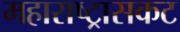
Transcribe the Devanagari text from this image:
महाराष्ट्रासकट